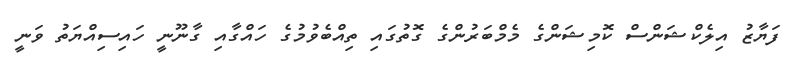
ފަޔާޒު އިލެކްޝަންސް ކޮމިޝަންގެ މެމްބަރުންގެ ގޮތުގައި ތިއްބެވުމުގެ ހައްގާއި ގާނޫނީ ހައިސިއްޔަތު ވަނީ